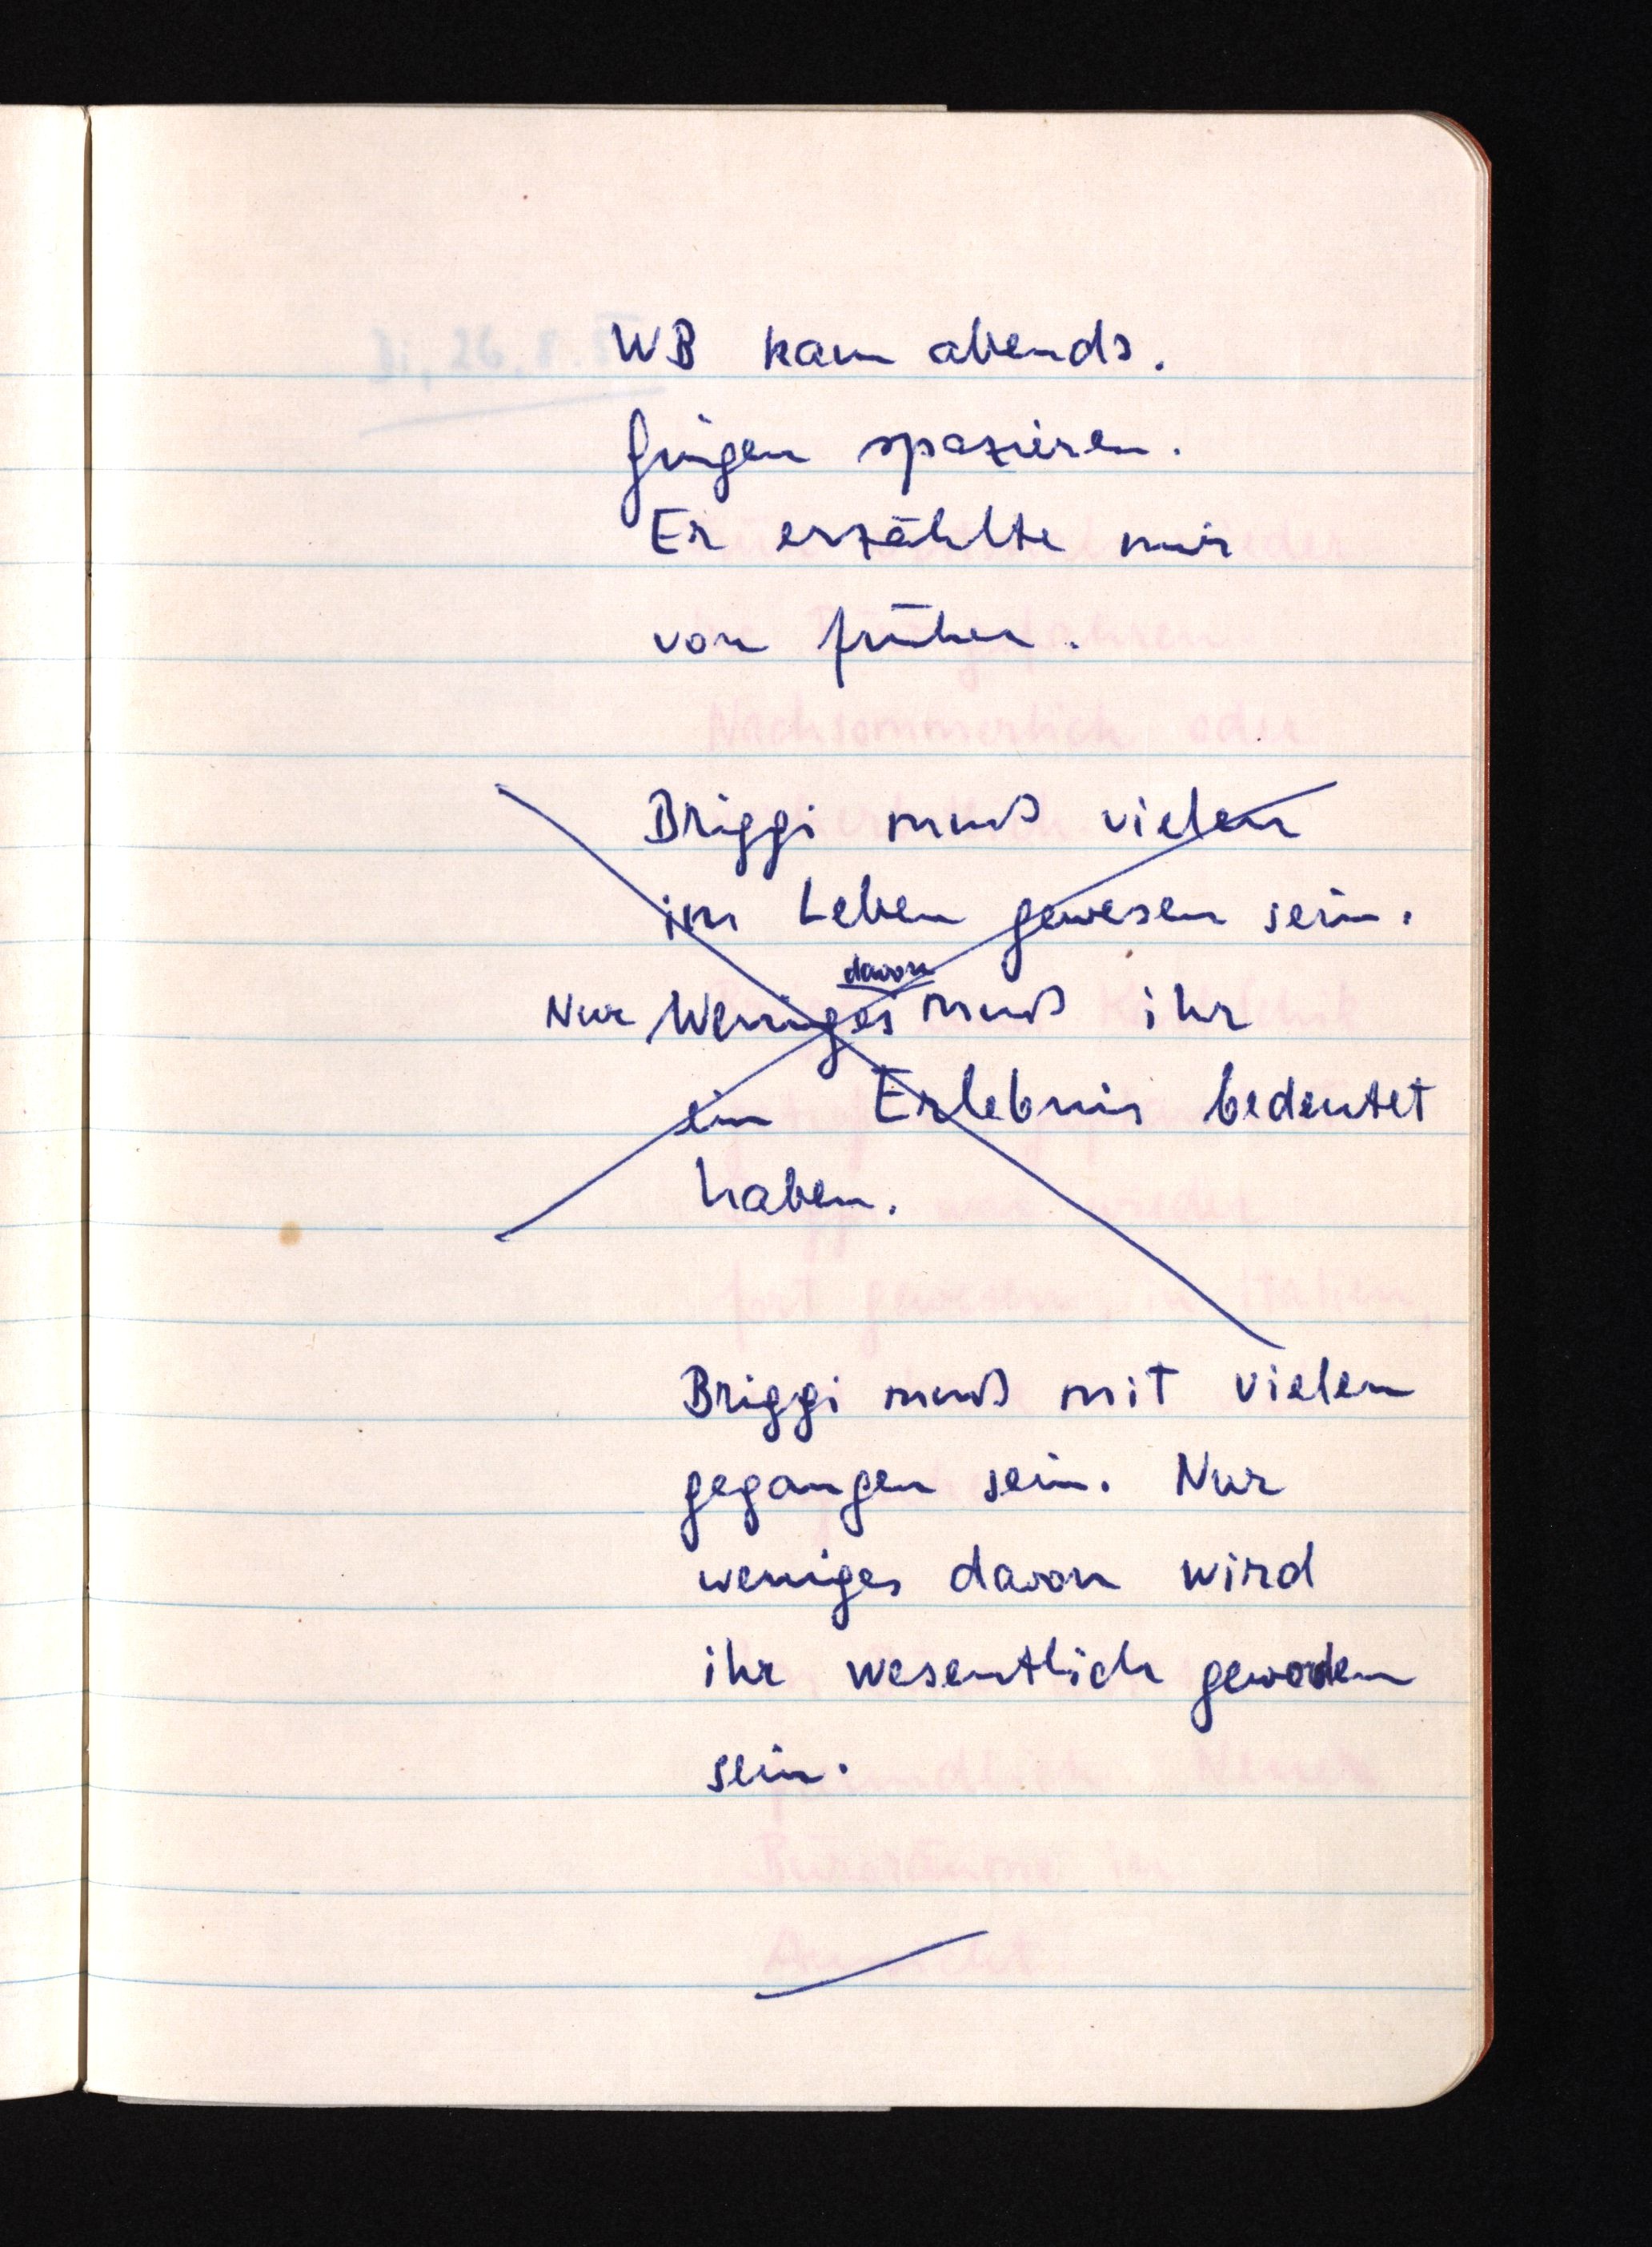
WB kam abends.
Gingen spazieren.
Er erzählte mir
von früher.
Briggi muß vielen
im Leben gewesen sein.
davon
Nur Wweniges muß ihr
ein Erlebnis bedeutet
haben.
Briggi muß mit vielen
gegangen sein. Nur
weniges davon wird
ihr wesentlich geworden
sein.